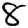
Digit: 8